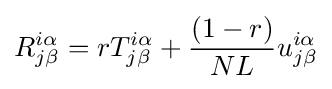
R_{j\beta }^{i\alpha }=rT_{j\beta }^{i\alpha }+{\frac {(1-r)}{NL}}u_{j\beta }^{i\alpha }